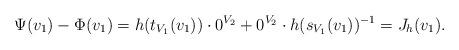
LaTeX: \begin{align*} \Psi(v_1)-\Phi(v_1) = h(t_{V_1}(v_1))\cdot 0^{V_2}+ 0^{V_2}\cdot h(s_{V_1}(v_1))^{-1} = J_h(v_1). \end{align*}